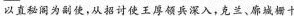
以直秘阁为副使，从招讨使王厚领兵深入，克兰，廓城栅十